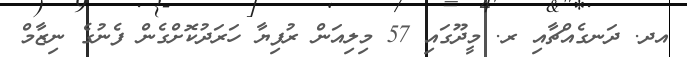
އދ. ދަނގެއްޗާއި ރ. މީދޫގައި 57 މިލިއަން ރުފިޔާ ހަރަދުކޮށްގެން ފެނުގެ ނިޒާމް